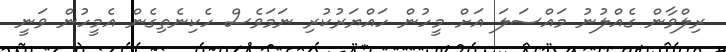
ރިލްވާން ގެއްލުނު މައްސަލަ އަށް މީހުން ހައްޔަރުކުރި ނަމަވެސް ހެކިނެތިގެން އެމީހުން ވަނީ